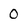
Character: 0